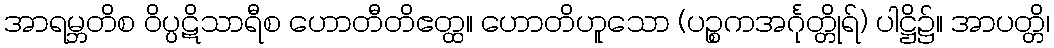
အာရမ္ဘတိစ ဝိပ္ပဋိသာရီစ ဟောတီတိဧတ္ထ။ ဟောတိဟူသော (ပဉ္စကအင်္ဂုတ္တိုရ်) ပါဋ္ဌိ၌။ အာပတ္တိ၊